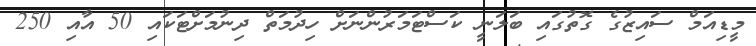
މީޑިއަމް ސައިޒުގެ ގޮތުގައި ބަލަނީ ކަސްޓަމަރުންނަށް ހިދުމަތް ދިނުމަށްޓަކައި 50 އާއި 250